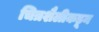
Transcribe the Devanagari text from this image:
चित्रशैलीकडून